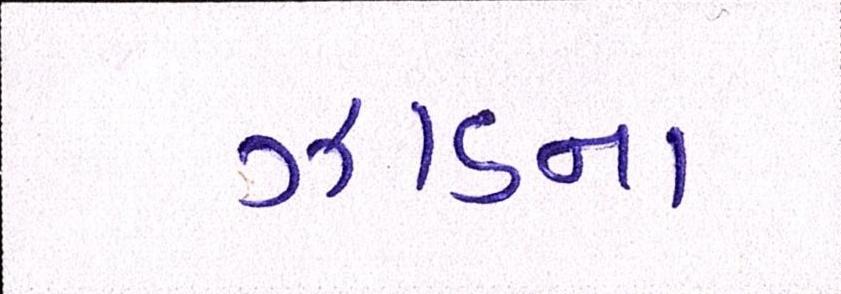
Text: ઝાડના